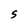
Character: S